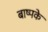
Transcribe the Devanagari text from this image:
बाष्पके